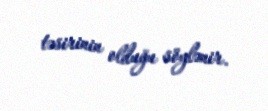
təsirinin olduğu söylənir.